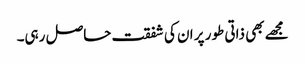
مجھے بھی ذاتی طور پر ان کی شفقت حاصل رہی۔